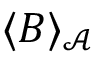
\langle B \rangle _ { \mathcal { A } }